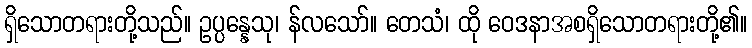
ရှိသောတရားတို့သည်။ ဥပ္ပန္နေသု၊ န်လသော်။ တေသံ၊ ထို ဝေဒနာအစရှိသောတရားတို့၏။